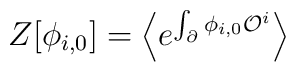
Z[\phi_{i,0}] = \Bigl\langle e^{\int_{\partial} \phi_{i,0} {\cal O}^i}\Bigr\rangle